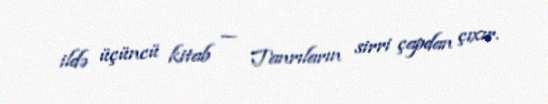
ildə üçüncü kitab — Tanrıların sirri çapdan çıxır.